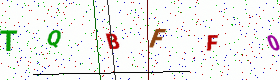
Text: TQBFF0